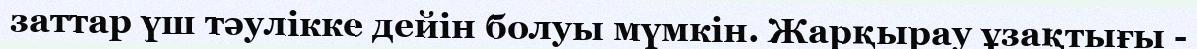
заттар үш тәулікке дейін болуы мүмкін. Жарқырау ұзақтығы -